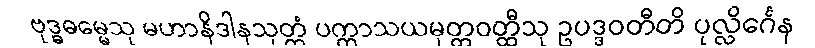
ဗုဒ္ဓဓမ္မေသု မဟာနိဒါနသုတ္တံ ပက္ကာသယမုတ္တဝတ္ထီသု ဥပဒ္ဒဝတီတိ ပုလ္လိင်္ဂေန